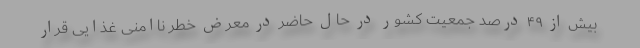
بیش از ۴۹ درصد جمعیت کشور در حال حاضر در معرض خطر ناامنی غذایی قرار